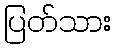
ပြတ်သား